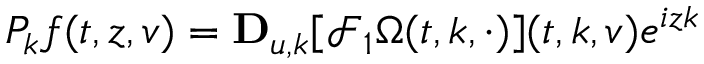
P _ { k } f ( t , z , v ) = \mathbf { D } _ { u , k } [ \mathcal { F } _ { 1 } \Omega ( t , k , \cdot ) ] ( t , k , v ) e ^ { i z k }